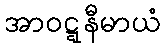
အာဝဋ္ဋနီမာယံ